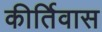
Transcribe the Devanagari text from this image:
कीर्तिवास